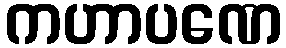
ကဟာပဏေ